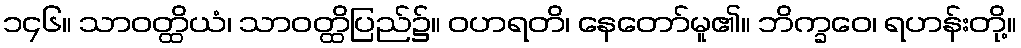
၁၄၆။ သာဝတ္ထိယံ၊ သာဝတ္ထိပြည်၌။ ဝဟရတိ၊ နေတော်မူ၏။ ဘိက္ခဝေ၊ ရဟန်းတို့။